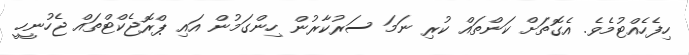
ހިފެހެއްޓުމެވެ. އެގޮތަށް ކަންތައް ކުރި ނަމަ ސަރުކާރުން ހިންގަމުން އައި ޕްރޮޖެކްޓްތައް ޖެހުނީހީ